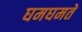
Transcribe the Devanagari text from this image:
घमघमते